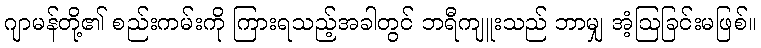
ဂျာမန်တို့၏ စည်းကမ်းကို ကြားရသည့်အခါတွင် ဘရီကျူးသည် ဘာမျှ အံ့ဩခြင်းမဖြစ်။